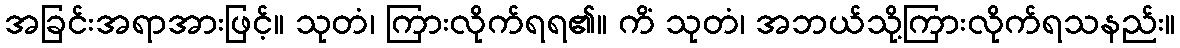
အခြင်းအရာအားဖြင့်။ သုတံ၊ ကြားလိုက်ရရ၏။ ကိံ သုတံ၊ အဘယ်သို့ကြားလိုက်ရသနည်း။